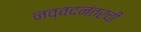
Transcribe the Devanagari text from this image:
नव्वदनंतरची